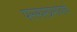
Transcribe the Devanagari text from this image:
परस्परप्रभावाचे